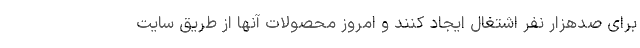
برای صدهزار نفر اشتغال ایجاد کنند و امروز محصولات آنها از طریق سایت